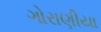
ગોરાણીયા